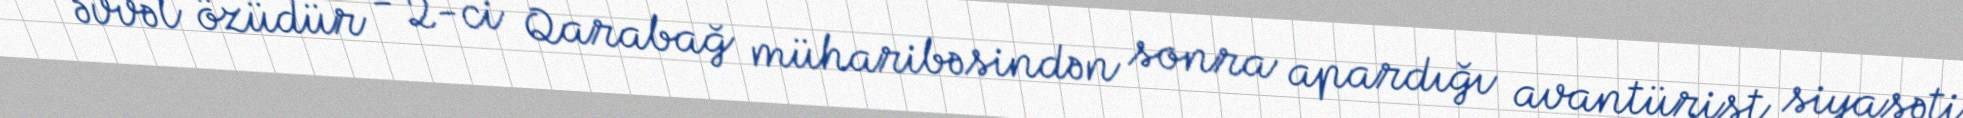
ən əvvəl özüdür - 2-ci Qarabağ müharibəsindən sonra apardığı avantürist siyasəti